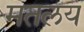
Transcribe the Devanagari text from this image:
मतलय